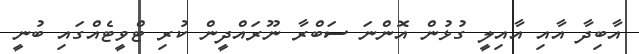
އާބިދާ އާއި އާއިލީ ގުޅުން އޮންނަ ސަބްރާ ނޫރަައްދީން ކުރި ޓްވީޓެއްގައި ބުނީ